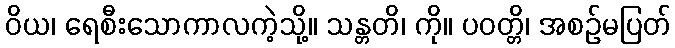
ဝိယ၊ ရေစီးသောကာလကဲ့သို့။ သန္တတိ၊ ကို။ ပဝတ္တိ၊ အစဉ်မပြတ်